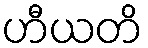
ဟီယတိ